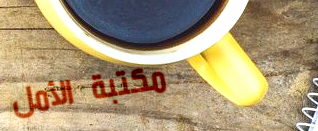
مكتبة الأمل